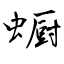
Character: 蟵